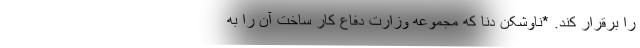
را برقرار کند. *ناوشکن دنا که مجموعه وزارت دفاع کار ساخت آن را به